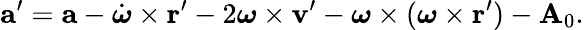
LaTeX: \mathbf{a}^{\prime}=\mathbf{a}-{\dot{\boldsymbol{\omega}}}\times\mathbf{r}^{\prime}-2{\boldsymbol{\omega}}\times\mathbf{v}^{\prime}-{\boldsymbol{\omega}}\times({\boldsymbol{\omega}}\times\mathbf{r}^{\prime})-\mathbf{A}_{0}.